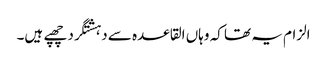
الزام یہ تھا کہ وہاں القاعدہ سے دہشتگرد چھپے ہیں۔